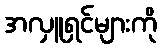
အလှူရှင်များကို